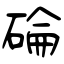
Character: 碖